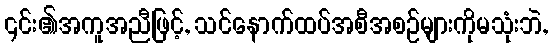
၎င်း၏အကူအညီဖြင့်, သင်နောက်ထပ်အစီအစဉ်များကိုမသုံးဘဲ,